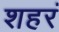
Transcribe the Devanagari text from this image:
शहरं